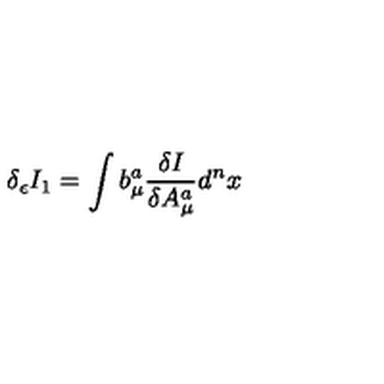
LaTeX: \delta _ { \epsilon } I _ { 1 } = \int b _ { \mu } ^ { a } \frac { \delta I } { \delta A _ { \mu } ^ { a } } d ^ { n } x